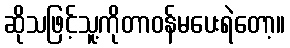
ဆိုသဖြင့်သူ့ကိုတာဝန်မပေးရဲတော့။